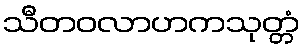
သီတဝလာဟကသုတ္တံ